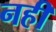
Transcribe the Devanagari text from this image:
नहीं